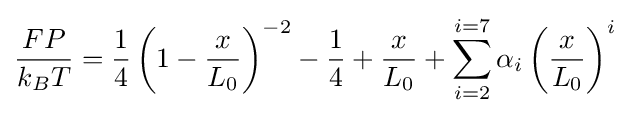
{\frac {FP}{k_{B}T}}={\frac {1}{4}}\left(1-{\frac {x}{L_{0}}}\right)^{-2}-{\frac {1}{4}}+{\frac {x}{L_{0}}}+\sum _{i=2}^{i=7}\alpha _{i}\left({\frac {x}{L_{0}}}\right)^{i}